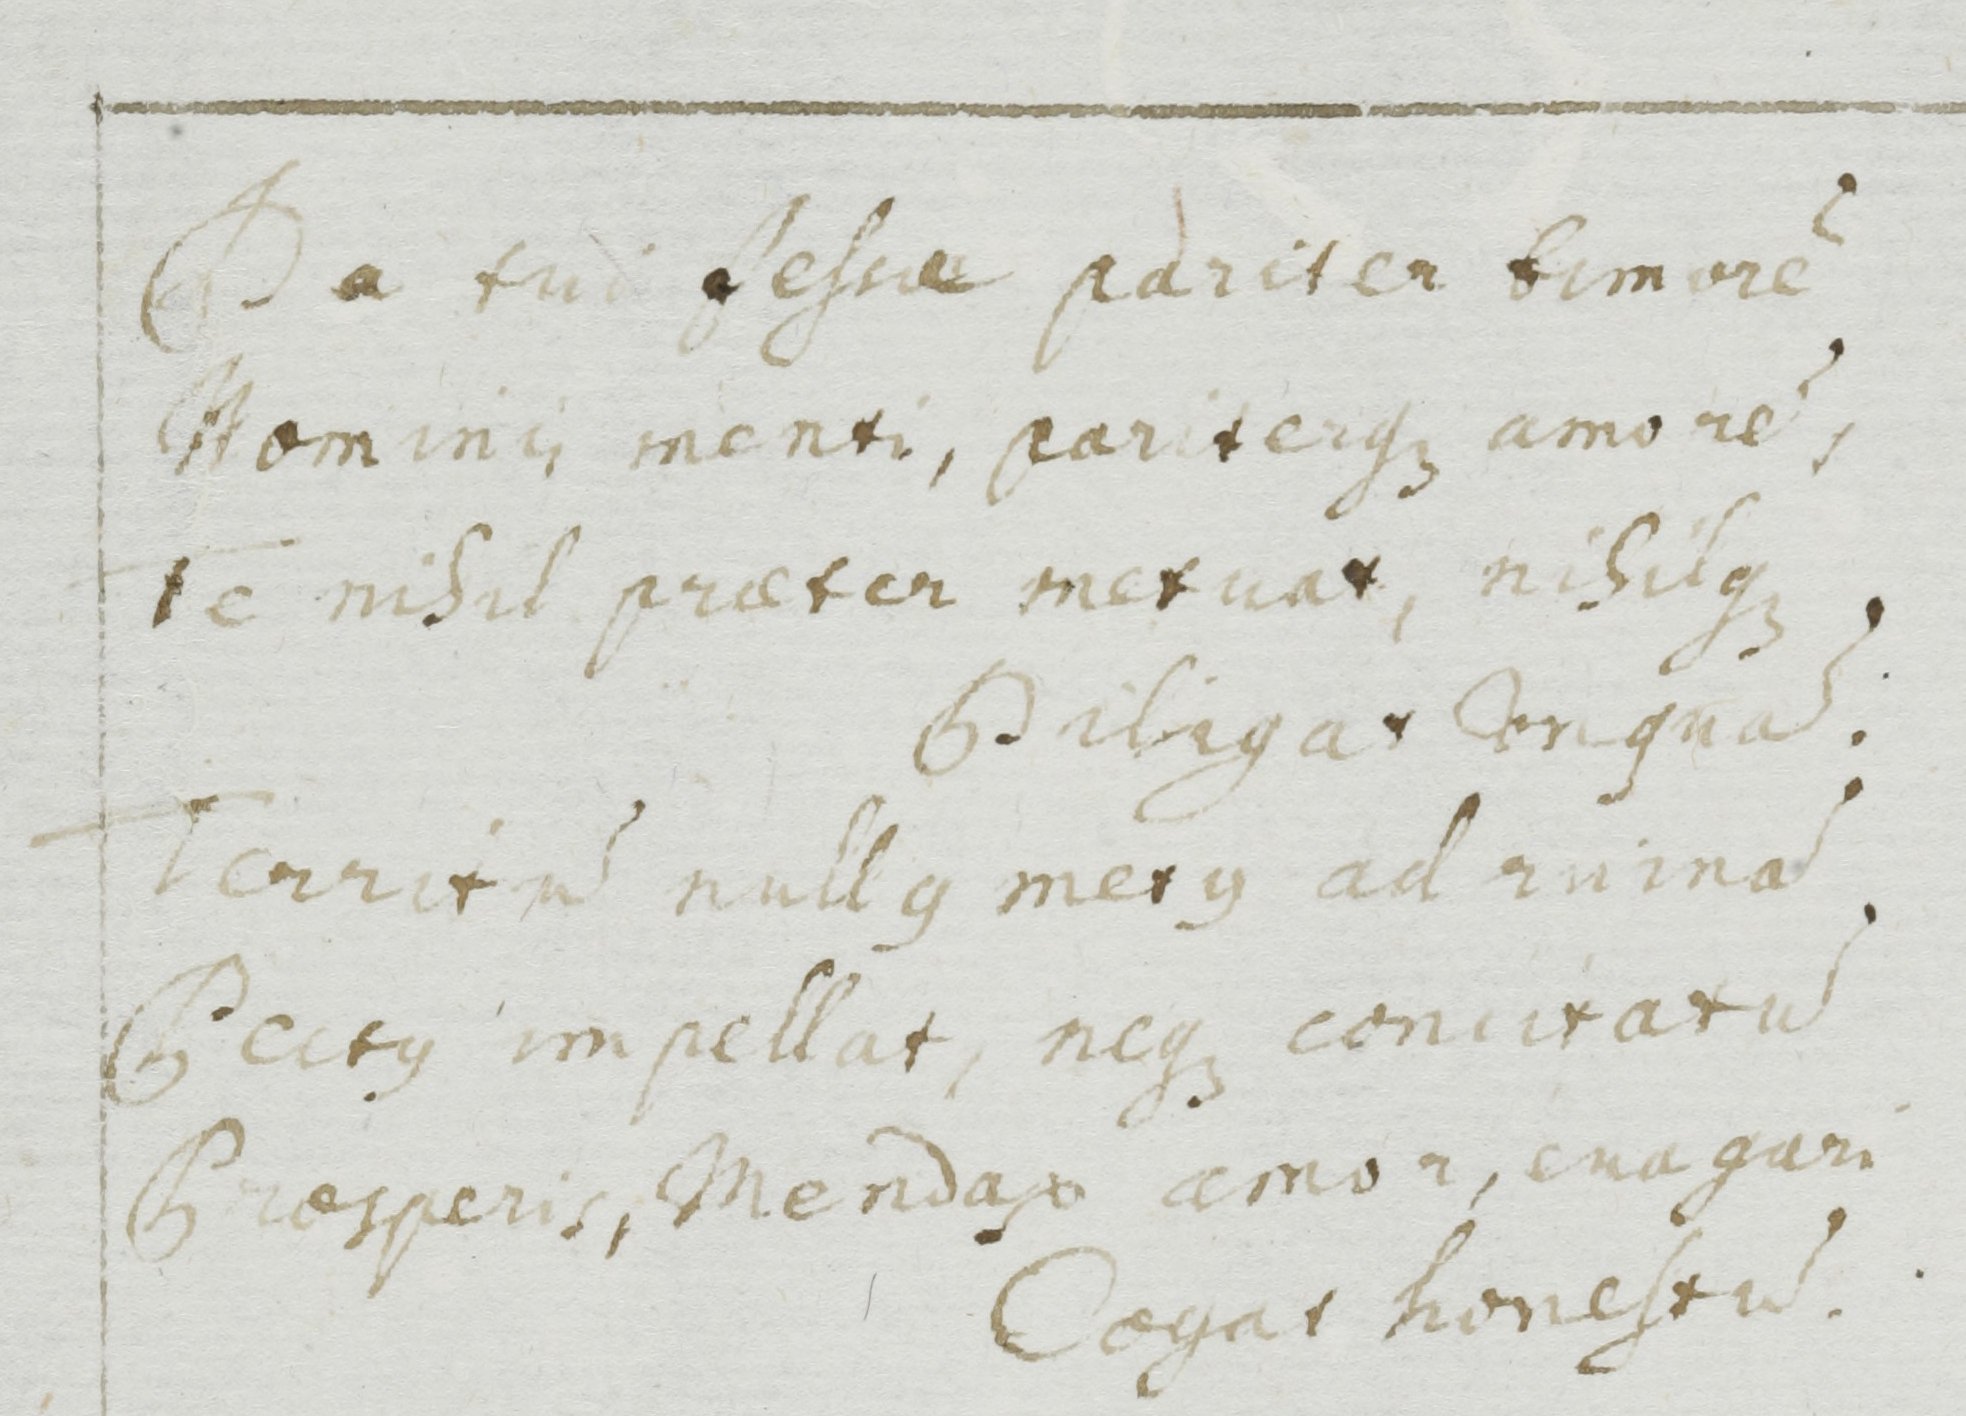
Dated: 1500–1599